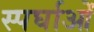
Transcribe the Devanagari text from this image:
स्पर्घाओं